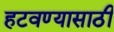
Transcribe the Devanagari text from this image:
हटवण्यासाठी